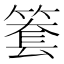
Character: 𥱫